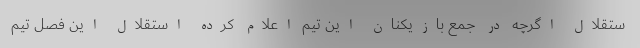
ستقلال اگرچه در جمع بازیکنان این تیم اعلام کرده استقلال این فصل تیم